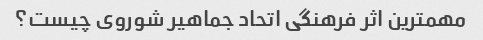
مهمترین اثر فرهنگی اتحاد جماهیر شوروی چیست؟